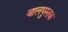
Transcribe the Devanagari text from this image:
बालपुस्तक